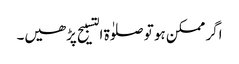
اگر ممکن ہو تو صلوٰة التسبیح پڑھیں۔